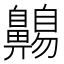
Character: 𲎡